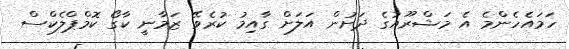
ހަމައެހެންމެ އެ މަޝްރޫއުގެ ދަށުން އަލަށް ގާއިމު ކުރެވޭ ޒަމާނީ ކާގޯ ކޮމްޕްލެކްސް